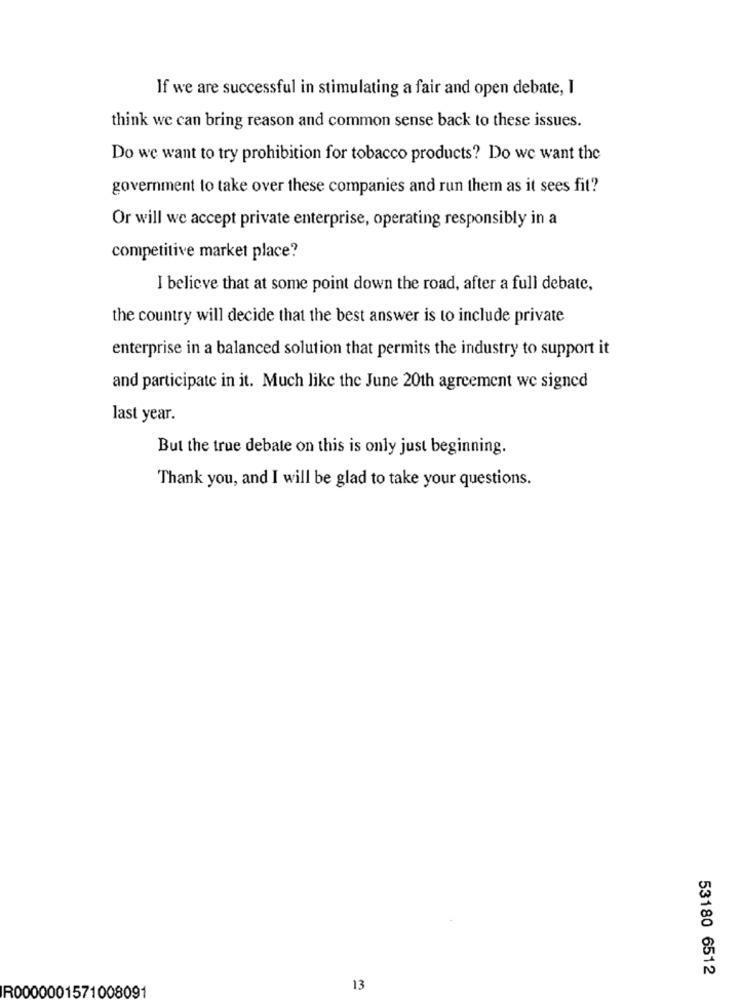
If we are successful in stimulating a fair and open debate, I
think we can bring reason and common sense back to these issues.
Do we want to try prohibition for tobacco products? Do we want the
government to take over these companies and run them as it sees fit?
Or will we accept private enterprise, operating responsibly in a
competitive market place?
I believe that at some point down the road, after a full debate,
the country will decide that the best answer is to include private
enterprise in a balanced solution that permits the industry to support it
and participate in it. Much like the June 20th agreement we signed
last year.
But the true debate on this is only just beginning.
Thank you, and I will be glad to take your questions.
53180 6512
R0000001571008091
13